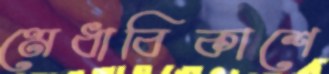
মেধাবিকাশে